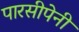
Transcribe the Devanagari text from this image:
पारसीपेनी